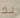
لك